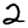
Digit: 2